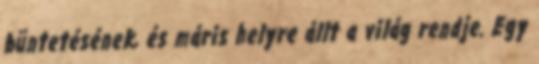
büntetésének, és máris helyre állt a világ rendje. Egy